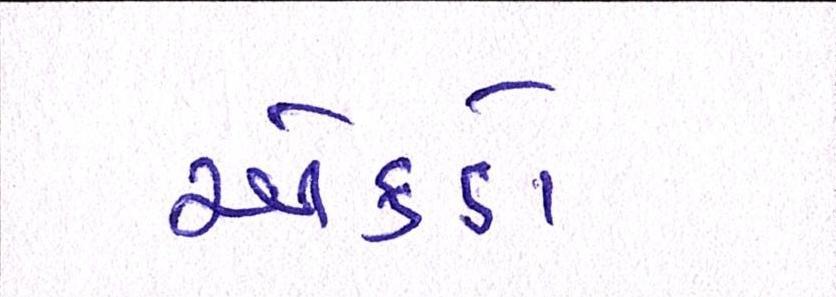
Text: એકડો